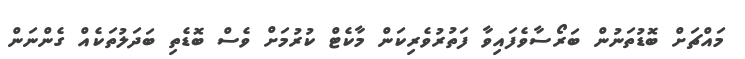
މައްޗަށް ބޮޑުތަނުން ބަރޯސާވެފައިވާ ފަތުރުވެރިކަން މާކެޓް ކުރުމަށް ވެސް ބޮޑެތި ބަދަލުތަކެއް ގެންނަން